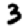
Digit: 3